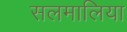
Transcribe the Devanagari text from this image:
सलमालिया